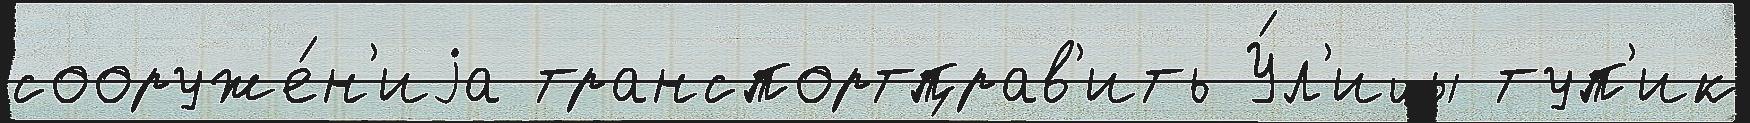
сооруже́н'иjа транспортправ'ить У́л'ицы туп'ик